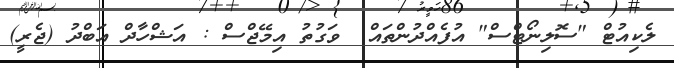
ލެކިއުޓް "ސޮލިނޯޓްސް" އުފެއްދުންތައް  ވަގުތު އިމޭޖްސް : އަޝްހާދް އަބްދު (ޖެރީ)